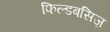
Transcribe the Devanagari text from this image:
फिल्डबसिज़